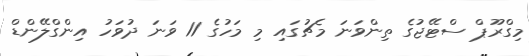
މިގްރޫޕް ސްޓޭޖުގެ ތިންވަނަ މެޗުގައި މި މަހުގެ 11 ވަނަ ދުވަހު އިންގްލޭންޑް